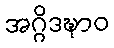
အဂ္ဂိဒဍ္ဎာဝ